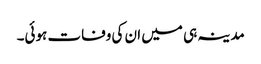
مدینہ ہی میں ان کی وفات ہوئی۔